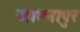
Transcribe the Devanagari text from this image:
जाल्नापुर